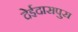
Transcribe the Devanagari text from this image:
देईदासपुरा